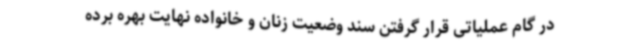
در گام عملیاتی قرار گرفتن سند وضعیت زنان و خانواده نهایت بهره برده